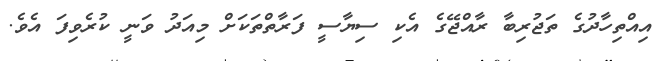
އިއްތިހާދުގެ ތަޖުރިބާ ރާއްޖޭގެ އެކި ސިޔާސީ ފަރާތްތަކަށް މިއަދު ވަނީ ކުރެވިފަ އެވެ.